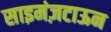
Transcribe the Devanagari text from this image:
साइमंज़टाऊन